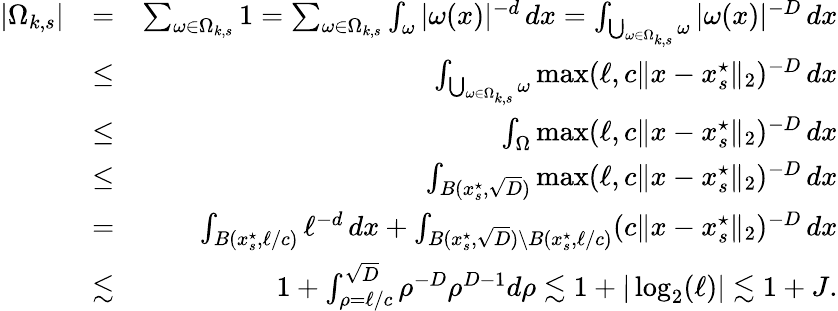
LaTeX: \begin{array}{rlr}{|\Omega_{k,s}|}&{=}&{\sum_{\omega\in\Omega_{k,s}}1=\sum_{\omega\in\Omega_{k,s}}\int_{\omega}|\omega(x)|^{-d}\, dx=\int_{\bigcup_{\omega\in\Omega_{k,s}}\omega}|\omega(x)|^{-D}\, dx}\\ &{\leq}&{\int_{\bigcup_{\omega\in\Omega_{k,s}}\omega}\operatorname*{max}(\ell,c\| x-x_{s}^{\star}\| _{2})^{-D}\, dx}\\ &{\leq}&{\int_{\Omega}\operatorname*{max}(\ell,c\| x-x_{s}^{\star}\| _{2})^{-D}\, dx}\\ &{\leq}&{\int_{B(x_{s}^{\star},\sqrt{D})}\operatorname*{max}(\ell,c\| x-x_{s}^{\star}\| _{2})^{-D}\, dx}\\ &{=}&{\int_{B(x_{s}^{\star},\ell/c)}\ell^{-d}\, dx+\int_{B(x_{s}^{\star},\sqrt{D})\setminus B(x_{s}^{\star},\ell/c)}(c\| x-x_{s}^{\star}\| _{2})^{-D}\, dx}\\ &{\lesssim}&{1+\int_{\rho=\ell/c}^{\sqrt{D}}\rho^{-D}\rho^{D-1}d\rho\lesssim 1+|\log_{2}(\ell)|\lesssim 1+J.}\end{array}